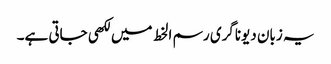
یہ زبان دیوناگری رسم الخط میں لکھی جاتی ہے۔